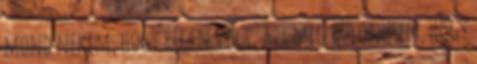
mond nekem, hogy régen volt, azt meg különösen, hogy